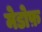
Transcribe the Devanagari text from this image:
मेडोफ़